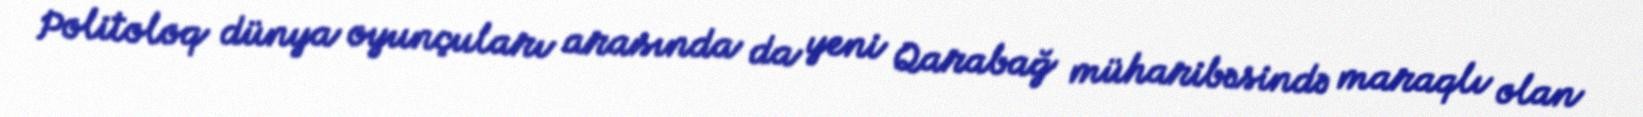
Politoloq dünya oyunçuları arasında da yeni Qarabağ müharibəsində maraqlı olan